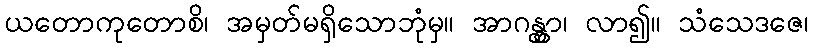
ယတောကုတောစိ၊ အမှတ်မရှိသောဘုံမှ။ အာဂန္တွာ၊ လာ၍။ သံသေဒဇေ၊